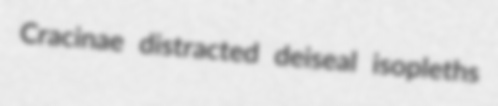
Cracinae distracted deiseal isopleths